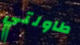
طاولتي